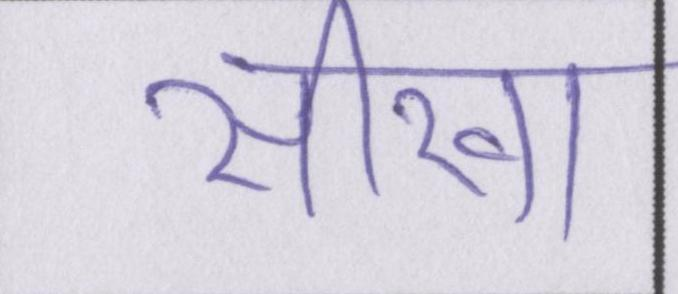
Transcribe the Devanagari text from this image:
सीखा